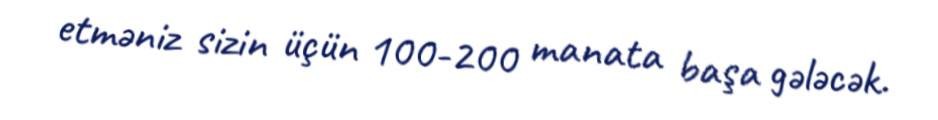
etməniz sizin üçün 100-200 manata başa gələcək.